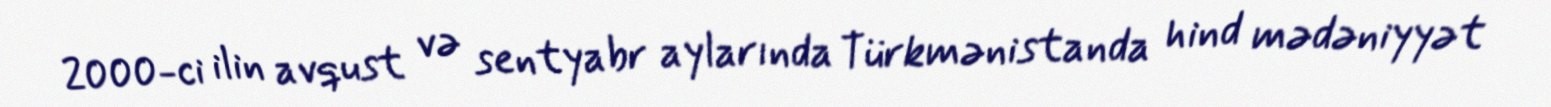
2000-ci ilin avqust və sentyabr aylarında Türkmənistanda hind mədəniyyət